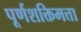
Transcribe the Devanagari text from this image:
पूर्णशक्तिमत्ता